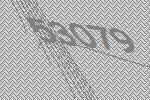
53079